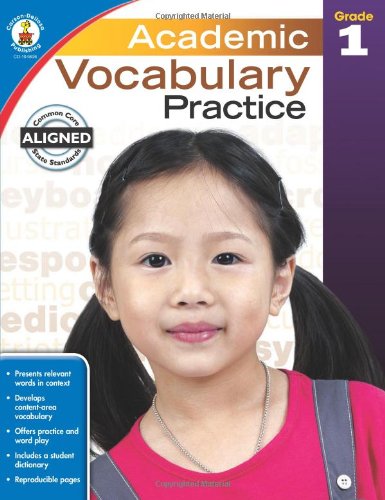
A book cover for Academic Vocabulary Practice, Grade 1; Reference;